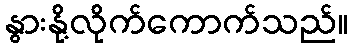
နွားနို့လိုက်ကောက်သည်။